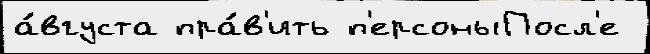
а́вгуста пра́в'ить п'ерсоныПосл'е